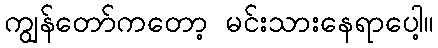
ကျွန်တော်ကတော့ မင်းသားနေရာပေါ့။